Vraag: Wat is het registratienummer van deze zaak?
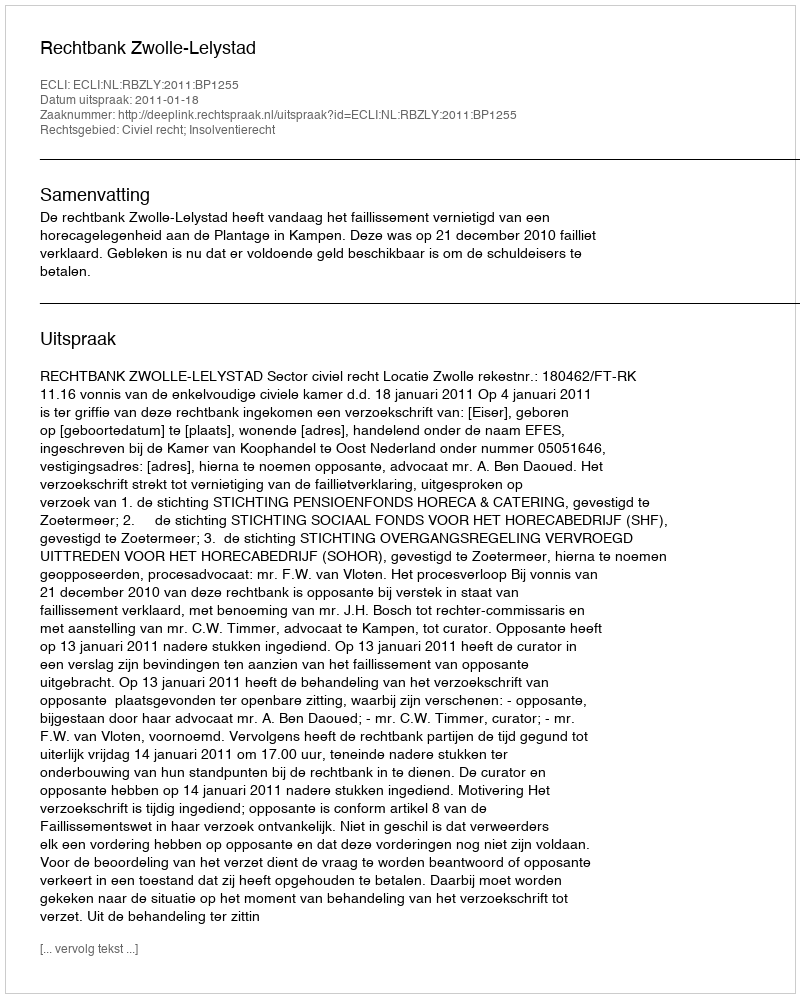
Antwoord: http://deeplink.rechtspraak.nl/uitspraak?id=ECLI:NL:RBZLY:2011:BP1255